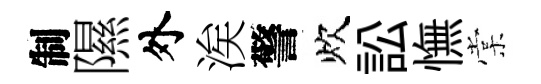
制隰外涘警炊訟憮棠